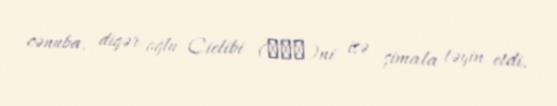
cənuba, digər oğlu Cielibi (颉利苾)ni isə şimala təyin etdi.